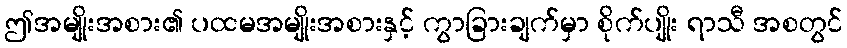
ဤအမျိုးအစား၏ ပထမအမျိုးအစားနှင့် ကွာခြားချက်မှာ စိုက်ပျိုး ရာသီ အစတွင်